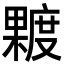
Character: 𪳿